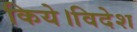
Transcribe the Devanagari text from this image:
किये।विदेश